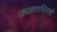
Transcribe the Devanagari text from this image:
उपहतविसर्ग